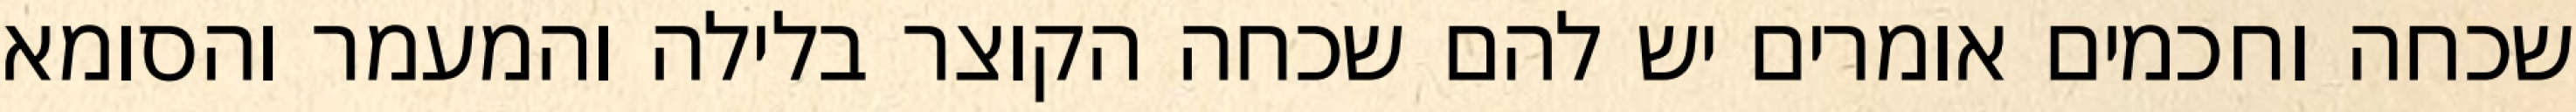
שכחה וחכמים אומרים יש להם שכחה הקוצר בלילה והמעמר והסומא